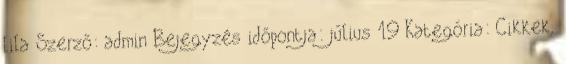
lila Szerző: admin Bejegyzés időpontja: július 19 Kategória: Cikkek,